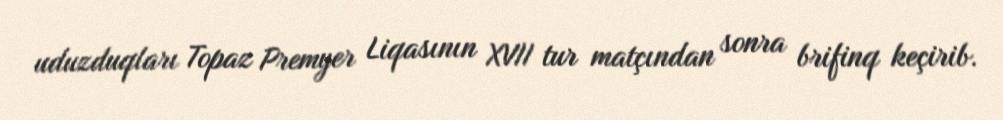
uduzduqları Topaz Premyer Liqasının XVII tur matçından sonra brifinq keçirib.